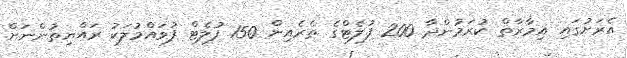
އެރަށުގައި އިމާރާތް ކުރަމުންދާ 200 ފުލެޓްގެ ތެރެއިން 150 ފުލެޓް ފުވައްމުލަކު ރައްޔިތުންނަށް